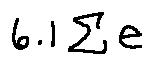
6 . 1 \sum e